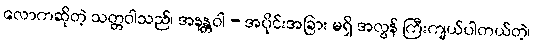
လောကဆိုတဲ့ သတ္တဝါသည်၊ အနန္တဝါ - အပိုင်းအခြား မရှိ အလွန် ကြီးကျယ်ပါတယ်တဲ့၊